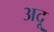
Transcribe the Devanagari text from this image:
अदू